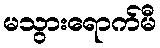
မသွားရောက်မီ